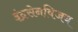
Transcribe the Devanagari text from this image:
इंद्रसेनविजय